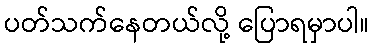
ပတ်သက်နေတယ်လို့ ပြောရမှာပါ။